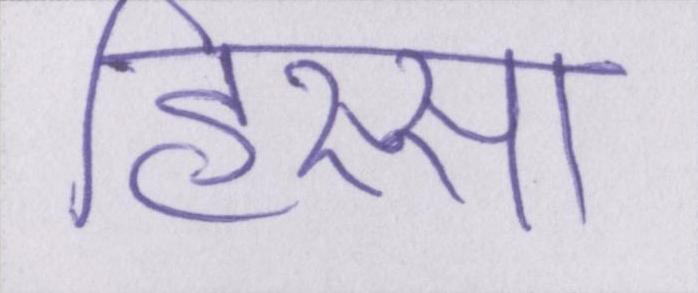
हिस्सा